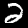
Label: 2